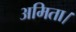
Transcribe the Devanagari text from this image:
अमिता।